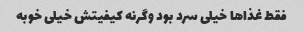
فقط غذا‌ها خیلی سرد بود وگرنه کیفیتش خیلی خوبه